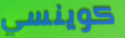
كوينسي